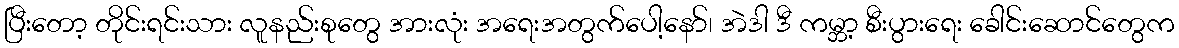
ပြီးတော့ တိုင်းရင်းသား လူနည်းစုတွေ အားလုံး အရေးအတွက်ပေါ့နော်၊ အဲဒါ ဒီ ကမ္ဘာ့ စီးပွားရေး ခေါင်းဆောင်တွေက